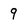
Character: 9